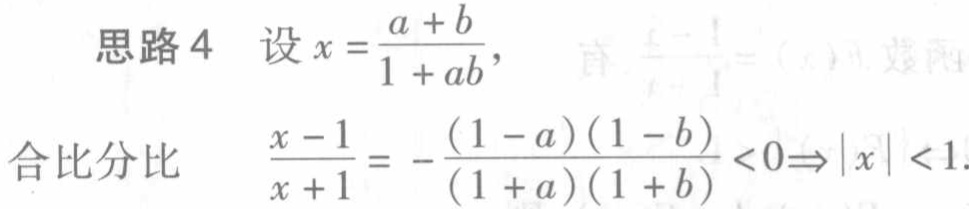
思路 4 设 \(x = \frac{a + b}{1 + ab}\)，
合比分比 \(\frac{x - 1}{x + 1} = - \frac{(1 - a)(1 - b)}{(1 + a)(1 + b)} < 0\Rightarrow|x| < 1\).